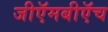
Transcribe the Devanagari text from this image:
जीऍमबीऍच